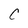
Character: C